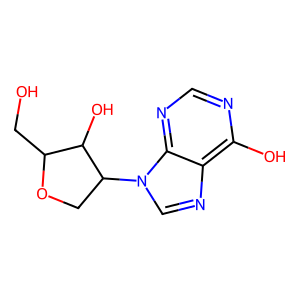
SMILES: OCC1OCC(n2cnc3c(O)ncnc32)C1O
Inhibits HIV replication: No